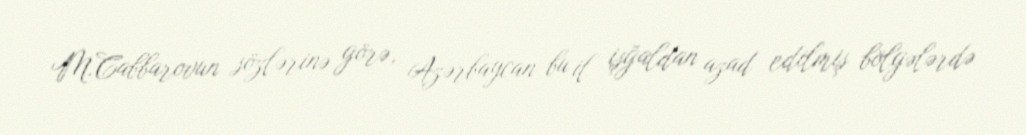
M.Cabbarovun sözlərinə görə, Azərbaycan bu il işğaldan azad edilmiş bölgələrdə